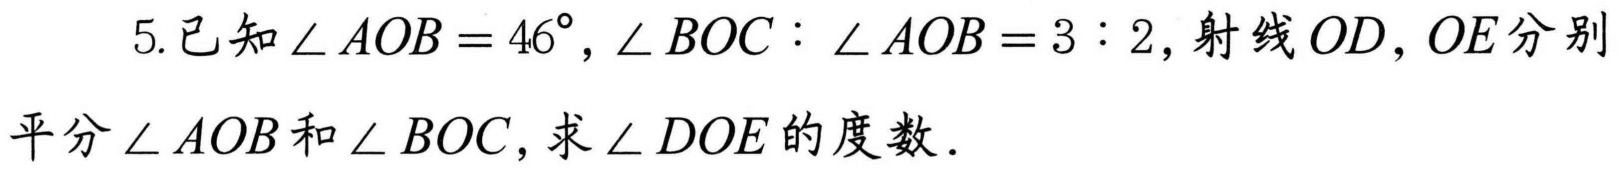
5.已知$\angle AOB = 46^{\circ},\angle BOC:\angle AOB = 3:2$,射线$OD,OE$分别平分$\angle AOB$和$\angle BOC$,求$\angle DOE$的度数．